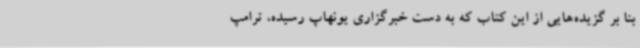
بنا بر گزیده‌هایی از این کتاب که به دست خبرگزاری یونهاپ رسیده، ترامپ